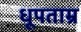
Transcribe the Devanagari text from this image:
धूपताम्र